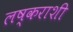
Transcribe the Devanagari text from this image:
लष्कराशी